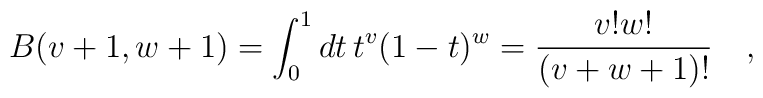
B(v+1,w+1)=\int_0^1 dt \, t^v (1-t)^w = {v! w!\over (v+w+1)!}\quad,